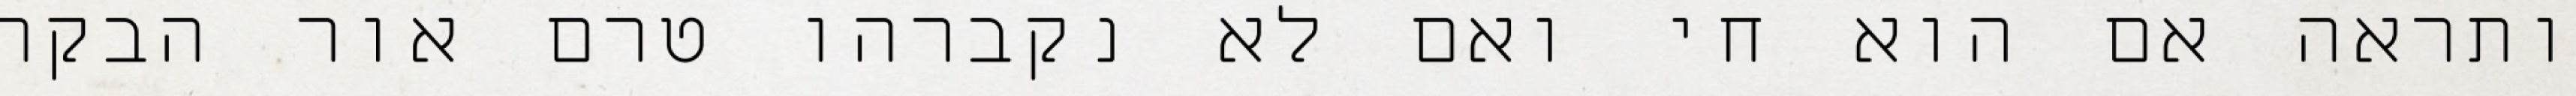
ותראה אם הוא חי ואם לא נקברהו טרם אור הבקר